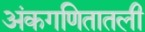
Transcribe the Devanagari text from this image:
अंकगणितातली